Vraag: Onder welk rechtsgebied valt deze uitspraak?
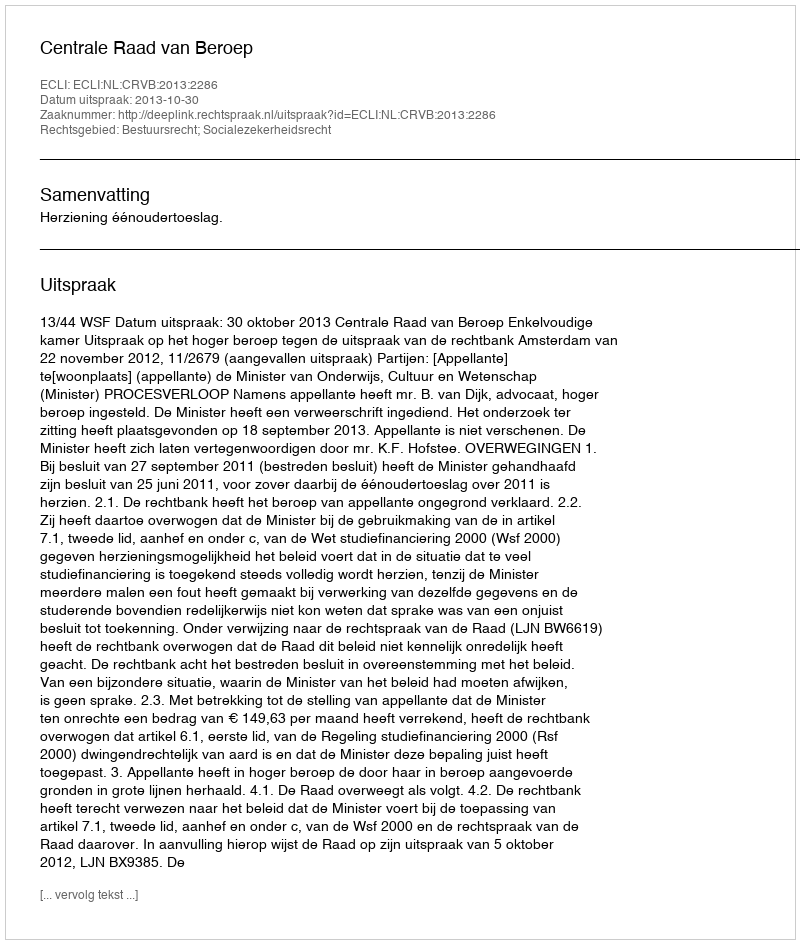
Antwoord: Bestuursrecht; Socialezekerheidsrecht